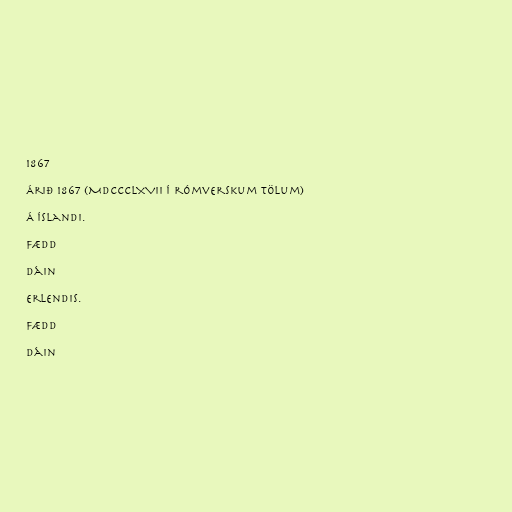
1867

Árið 1867 (MDCCCLXVII í rómverskum tölum)

Á Íslandi.

Fædd

Dáin

Erlendis.

Fædd

Dáin